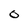
Character: O